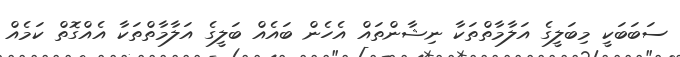
ސަބަބަކީ މިބަލީގެ އަލާމާތްތަކާ ނިޝާންތައް އެހެން ބައެއް ބަލީގެ އަލާމާތްތަކާ އެއްގޮތް ކަމެއް